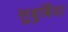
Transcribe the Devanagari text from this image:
सुबुर्बिया